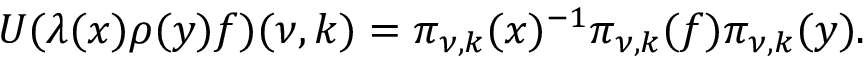
U ( \lambda ( x ) \rho ( y ) f ) ( \nu , k ) = \pi _ { \nu , k } ( x ) ^ { - 1 } \pi _ { \nu , k } ( f ) \pi _ { \nu , k } ( y ) .